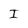
Character: I